Annual report on the lock hospitals of the Madras Presidency
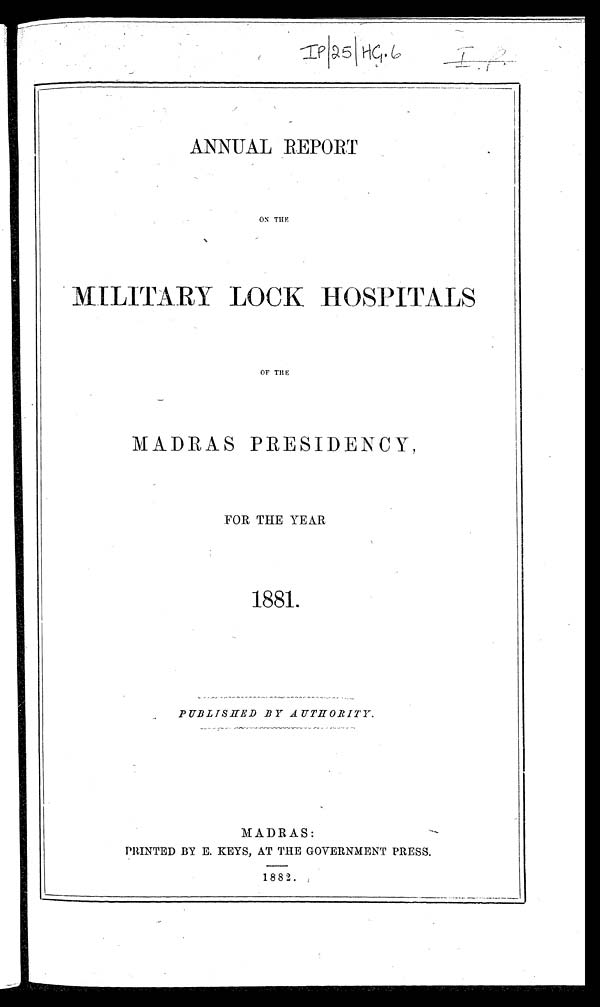
ANNUAL REPORT
ON THE
MILITARY LOCK HOSPITALS
OF THE
MADRAS PRESIDENCY,
FOR THE YEAR
1881.
PUBLISHED BY AUTHORITY.
MADRAS:
PRINTED BY E. KEYS, AT THE GOVERNMENT PRESS.
1882.